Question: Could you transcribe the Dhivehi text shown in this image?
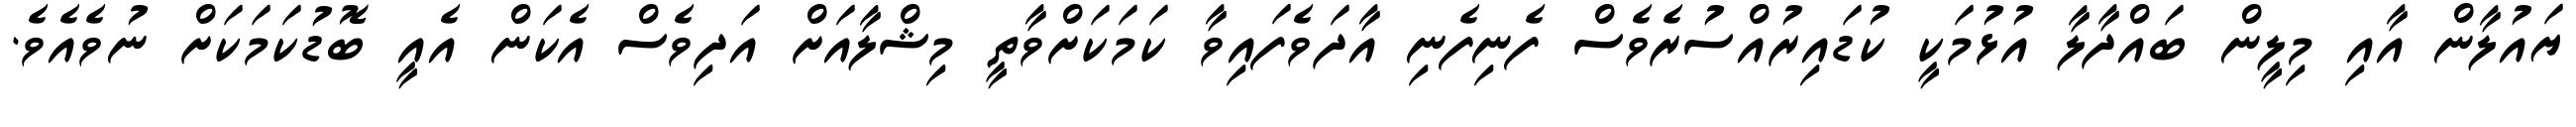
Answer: ޔައުލާން އާއި މިލީން ބައްދާލާ އުޅުމަކީ ކުޑައިރުއްސުރެވެސް ފެނިފެނި އާދަވެފައިވާ ކަމަކަށްވާތީ މިޝްލާއަށް އަދިވެސް އެކަން އެއީ ބޮޑުކަމަކަށް ނުވެއެވެ.